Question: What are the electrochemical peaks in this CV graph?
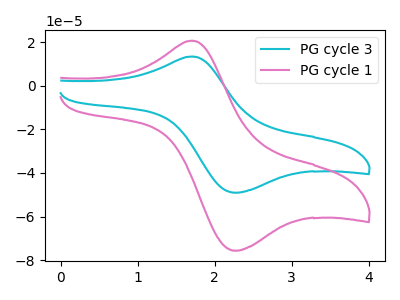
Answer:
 <answer>The cyan curve "PG cycle 3" has an anodic peak at (1.70V, 13.40uA) and a cathodic peak at (2.30V, -49.00uA). The pink curve "PG cycle 1" has an anodic peak at (1.70V, 20.65uA) and a cathodic peak at (2.30V, -75.60uA).</answer>
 <eval></eval>